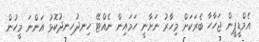
އެމްޑީޕީން ޖަހާހާ ބެރަކަށް މިހާރު ނަށާނީ ހަމައިން ނެއްޓޭ ހިނދުހިނދުކޮޅު އަންނަ މީހުން